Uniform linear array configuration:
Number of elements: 48
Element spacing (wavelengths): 0.5
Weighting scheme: blackman
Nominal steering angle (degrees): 30
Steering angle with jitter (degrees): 31.177
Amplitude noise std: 0.05
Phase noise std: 0.05

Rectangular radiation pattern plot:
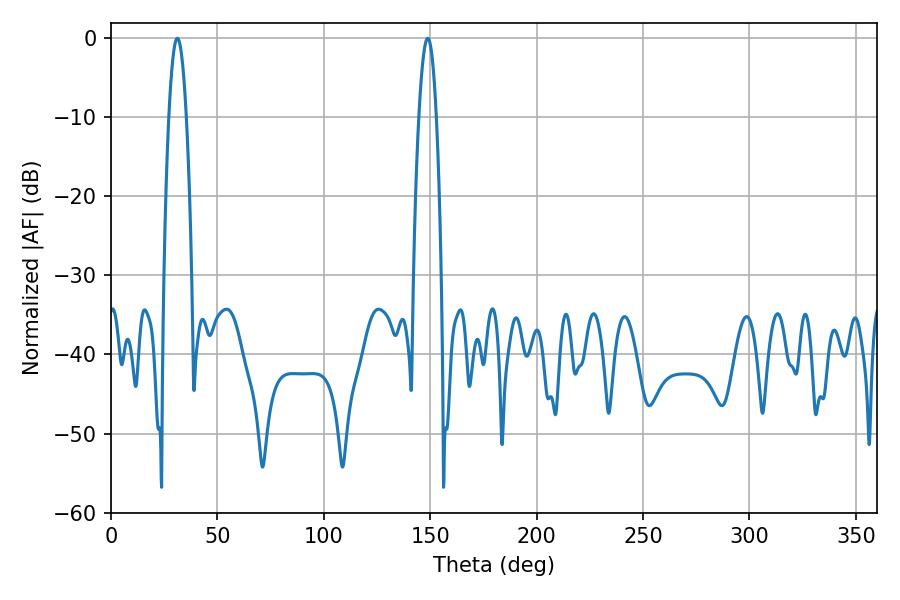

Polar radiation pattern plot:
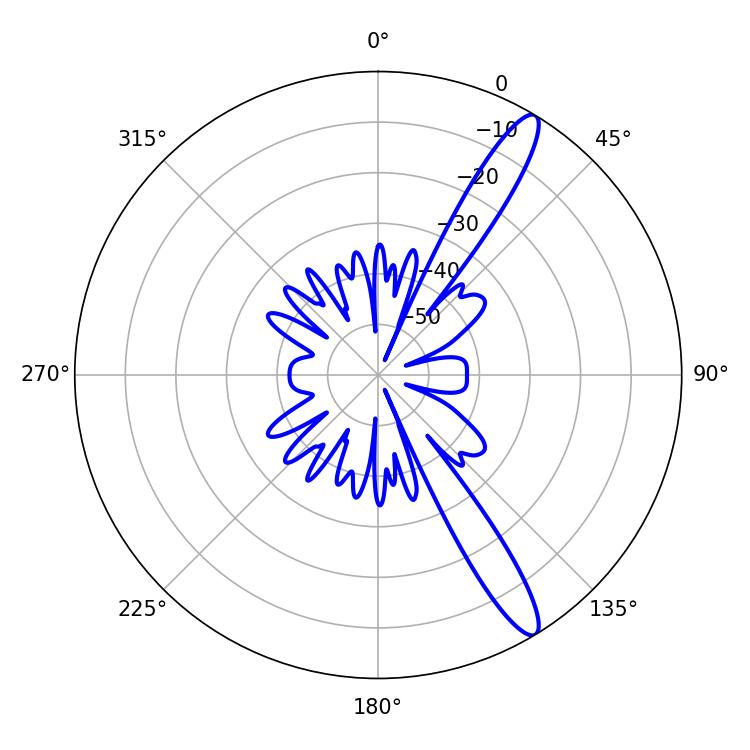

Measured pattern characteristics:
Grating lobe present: FALSE
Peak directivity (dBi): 13.55
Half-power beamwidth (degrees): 4.5
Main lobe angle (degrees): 31.14